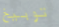
توبيخ